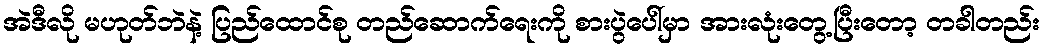
အဲဒီလို မဟုတ်ဘဲနဲ့ ပြည်ထောင်စု တည်ဆောက်ရေးကို စားပွဲပေါ်မှာ အားလုံးတွေ့ပြီးတော့ တခါတည်း